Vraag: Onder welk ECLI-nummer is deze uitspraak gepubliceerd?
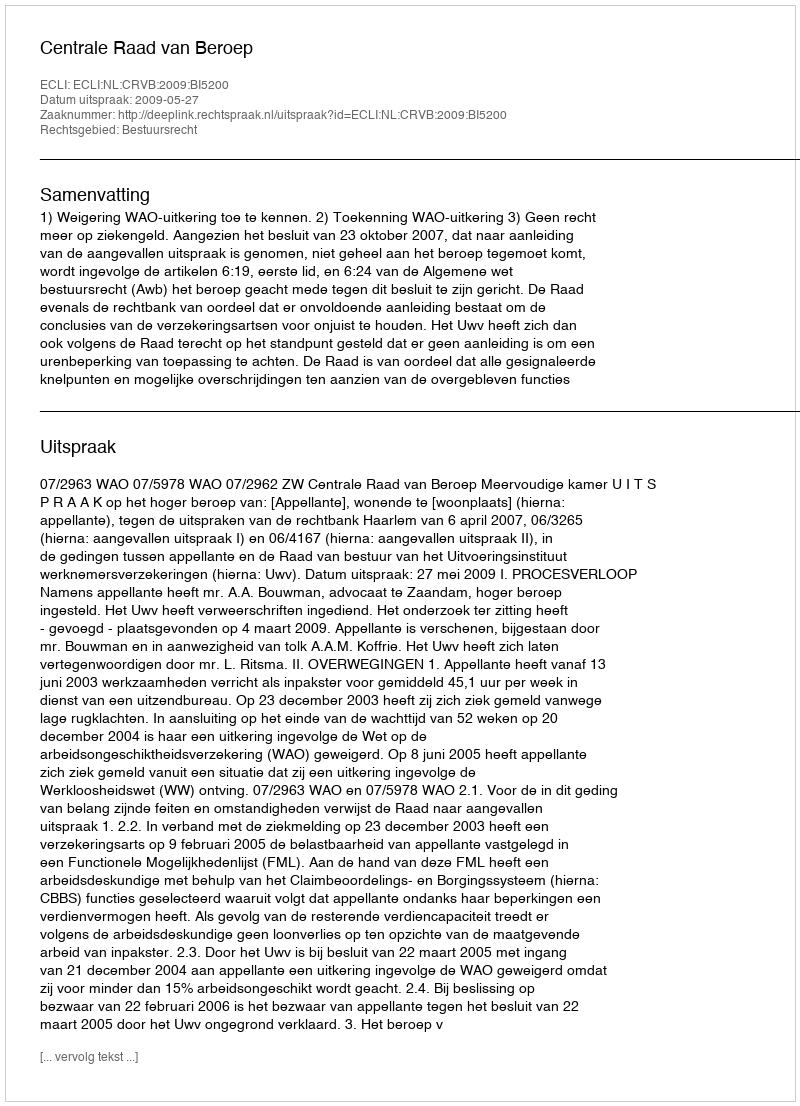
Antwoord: ECLI:NL:CRVB:2009:BI5200